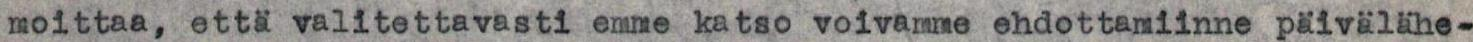
moittaa, että valitettavasti emme katso voivamme ehdottamiinne päivälähe-